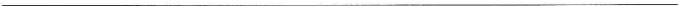
___